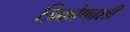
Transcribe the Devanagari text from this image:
त्रिकोणाशी